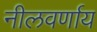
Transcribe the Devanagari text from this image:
नीलवर्णाय